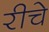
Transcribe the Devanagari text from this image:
रीचे